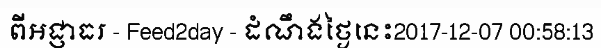
ពីអជ្ញាធរ - Feed2day - ដំណឹងថ្ងៃនេះ2017-12-07 00:58:13